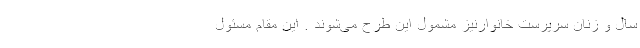
سال و زنان سرپرست خانوارنیز مشمول این طرح می‌شوند . این مقام مسئول